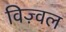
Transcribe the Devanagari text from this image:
विज़्वल